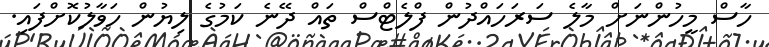
ހާސް މީހުންނަށް މާލެ ސަރަހައްދުން ފްލެޓްސް ތައް ދޭނެ ކަމުގެ ލިޔުން ހަވާލުކޮށްފައި.